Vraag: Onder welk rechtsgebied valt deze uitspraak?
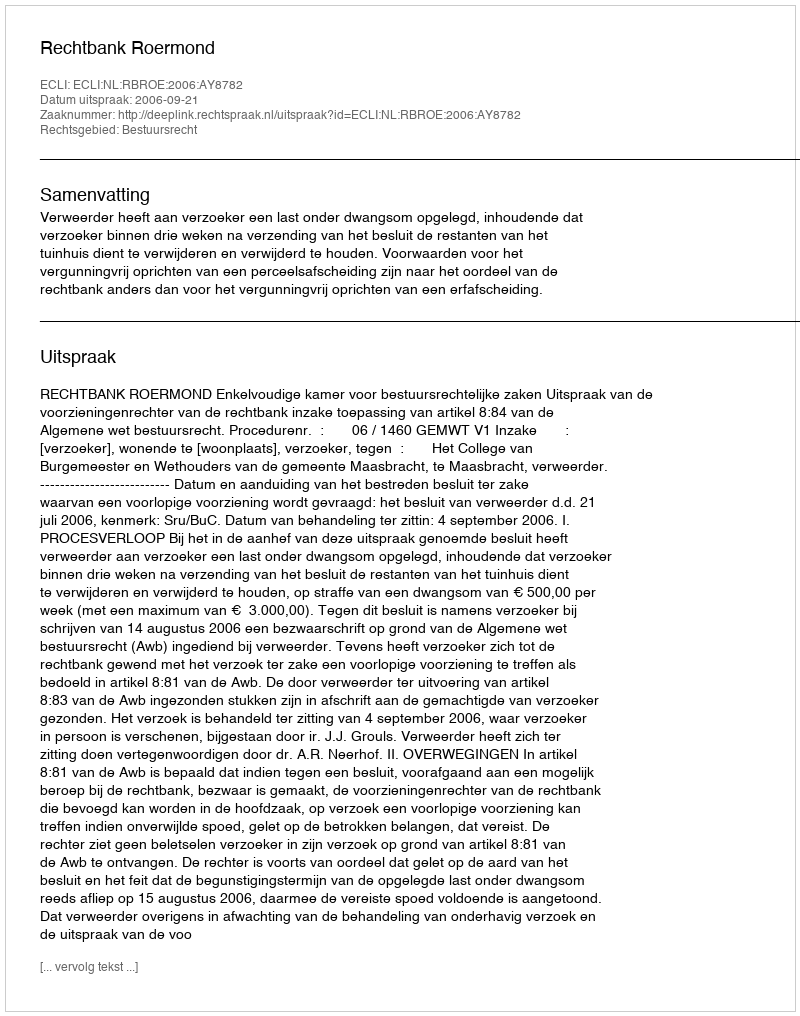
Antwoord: Bestuursrecht